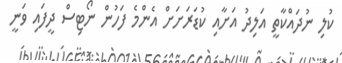
ކުލި ނުދައްކާތީ އަލިދު އަށާއި ކުޑަރަށަށް އެންމެ ފަހުން ނޯޓިސް ދީފައި ވަނީ